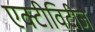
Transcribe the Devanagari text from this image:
एक्टीविटीज